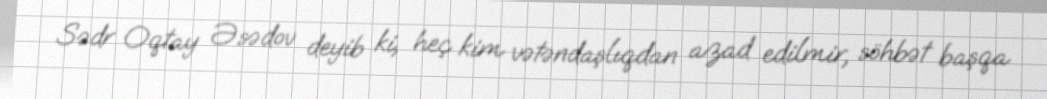
Sədr Oqtay Əsədov deyib ki, heç kim vətəndaşlıqdan azad edilmir, söhbət başqa